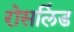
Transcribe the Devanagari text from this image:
रोसलिंड